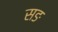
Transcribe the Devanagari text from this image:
सङ